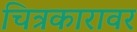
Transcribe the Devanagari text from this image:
चित्रकारावर